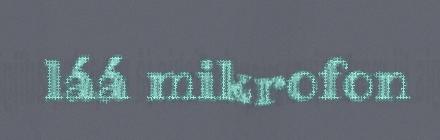
láá mikrofon